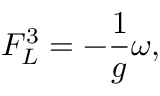
F _ { L } ^ { 3 } = - \frac { 1 } { g } \omega ,